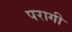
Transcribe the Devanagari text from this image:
परागी